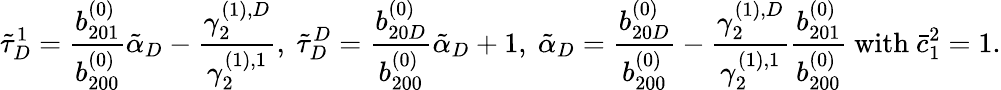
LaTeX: \tilde{\tau}_{D}^{1}=\frac{b_{201}^{(0)}}{b_{200}^{(0)}}\tilde{\alpha}_{D}-\frac{\gamma_{2}^{(1),D}}{\gamma_{2}^{(1),1}},\ \tilde{\tau}_{D}^{D}=\frac{b_{20D}^{(0)}}{b_{200}^{(0)}}\tilde{\alpha}_{D}+1,\ \tilde{\alpha}_{D}=\frac{b_{20D}^{(0)}}{b_{200}^{(0)}}-\frac{\gamma_{2}^{(1),D}}{\gamma_{2}^{(1),1}}\frac{b_{201}^{(0)}}{b_{200}^{(0)}}\mathrm{~with~}\bar{c}_{1}^{2}=1.